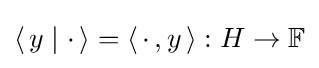
\left\langle \,y\mid \cdot \,\right\rangle =\left\langle \,\cdot \,,y\,\right\rangle :H\to \mathbb {F}